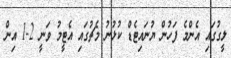
ލީގުގައި އެންމެ ފަހުން ޔުނައިޓެޑް ކުޅުނު މެޗުގައި އެޓީމު ވަނީ 2-1 އިން